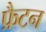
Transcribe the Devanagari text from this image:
फ्रैटन